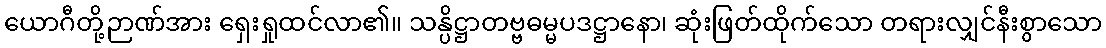
ယောဂီတို့ဉာဏ်အား ရှေးရှုထင်လာ၏။ သန္ပိဋ္ဌာတဗ္ဗဓမ္မပဒဋ္ဌာနော၊ ဆုံးဖြတ်ထိုက်သော တရားလျှင်နီးစွာသော